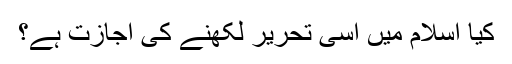
کیا اسلام میں اسی تحریر لکھنے کی اجازت ہے؟